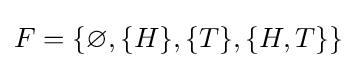
F=\{\varnothing ,\{H\},\{T\},\{H,T\}\}